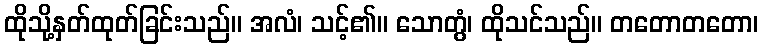
ထိုသို့နှတ်ထုတ်ခြင်းသည်။ အလံ၊ သင့်၏။ သောတွံ၊ ထိုသင်သည်။ တတောတတော၊